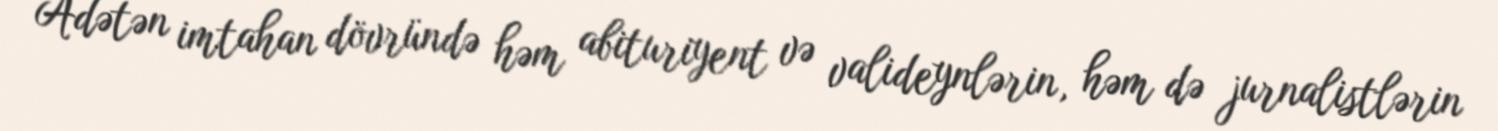
Adətən imtahan dövründə həm abituriyent və valideynlərin, həm də jurnalistlərin